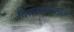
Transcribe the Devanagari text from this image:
दिवसभरासाठी